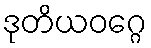
ဒုတိယဝဂ္ဂေ